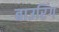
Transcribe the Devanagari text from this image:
बाउरिंग